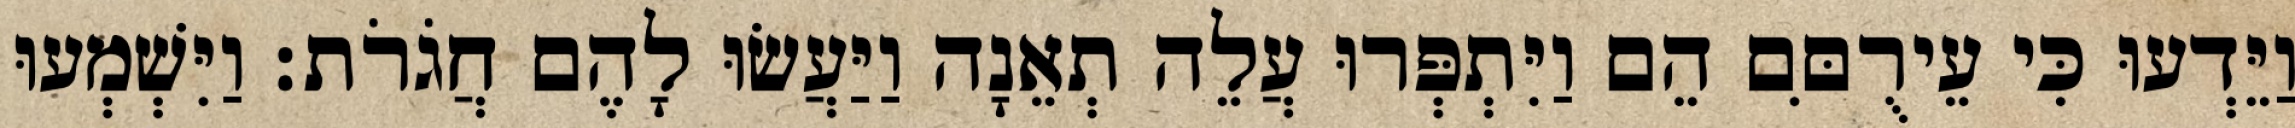
וַיֵּדְעוּ כִּי עֵירֻםִּם הֵם וַיִּתְפְּרוּ עֲלֵה תְאֵנָה וַיַּעֲשׂוּ לָהֶם חֲגֹרֹת׃ וַיִּשְׁמְעוּ